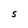
Character: S